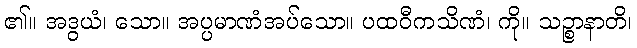
၏။ အဒွယံ၊ သော။ အပ္ပမာဏံအပ်သော။ ပထဝီကသိဏံ၊ ကို။ သဉ္စာနာတိ၊